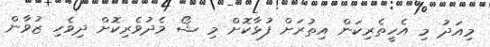
މިއަދު މި އެހީތެރިކަން އިތުރަށް ފުޅާކޮށް މި ޝޯ މެދުވެރިކޮށް ދިވެހި ޒުވާން